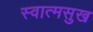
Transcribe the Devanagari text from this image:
स्वात्मसुख